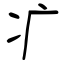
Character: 疒